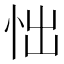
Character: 㤕